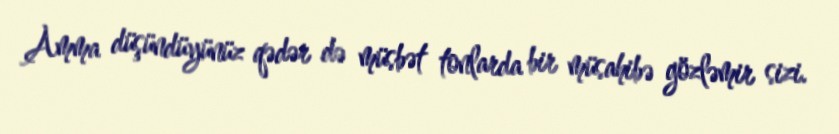
Amma düşündüyünüz qədər də müsbət tonlarda bir müsahibə gözləmir sizi.